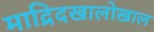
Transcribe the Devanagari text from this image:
माद्रिदखालोखाल